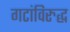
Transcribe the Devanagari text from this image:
गटांविरुद्ध